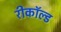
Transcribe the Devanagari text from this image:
रीकॉल्ड